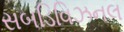
સબડિવિઝનલ